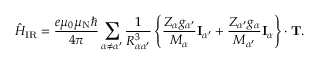
{ \hat { H } } _ { \mathrm { I R } } = { \frac { e \mu _ { 0 } \mu _ { \mathrm { N } } \hbar } { 4 \pi } } \sum _ { \alpha \neq \alpha ^ { \prime } } { \frac { 1 } { R _ { \alpha \alpha ^ { \prime } } ^ { 3 } } } \left\{ { \frac { Z _ { \alpha } g _ { \alpha ^ { \prime } } } { M _ { \alpha } } } \mathbf { I } _ { \alpha ^ { \prime } } + { \frac { Z _ { \alpha ^ { \prime } } g _ { \alpha } } { M _ { \alpha ^ { \prime } } } } \mathbf { I } _ { \alpha } \right\} \cdot \mathbf { T } .